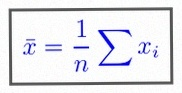
\bar{x}=\frac1n\sum x_i